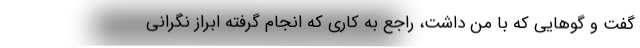
گفت و گوهایی که با من داشت، راجع به کاری که انجام گرفته ابراز نگرانی